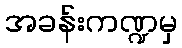
အခန်းကဏ္ဍမှ